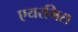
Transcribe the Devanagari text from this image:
एयरमिस